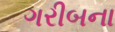
ગરીબના